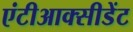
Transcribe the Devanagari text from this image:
एंटीआक्सीडेंट